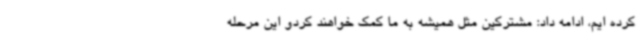
کرده ایم، ادامه داد: مشترکین مثل همیشه به ما کمک خواهند کردو این مرحله